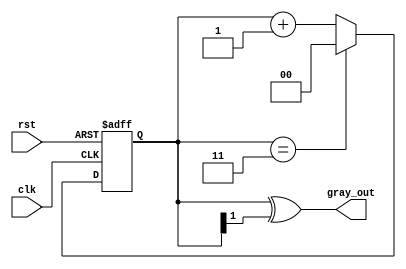
module gray_code_counter #(
    parameter N = 2  // Number of bits for the counter
)(
    input wire clk,         // Clock input
    input wire rst,         // Asynchronous reset input
    output reg [N-1:0] gray_out // Gray code output
);

    reg [N-1:0] binary_count; // Internal binary counter

    // Function to convert binary value to Gray code
    function [N-1:0] binary_to_gray;
        input [N-1:0] binary;
        begin
            binary_to_gray = binary ^ (binary >> 1); // Gray code conversion
        end
    endfunction

    // Always block for the counter operation
    always @(posedge clk or posedge rst) begin
        if (rst) begin
            binary_count <= {N{1'b0}}; // Reset binary counter to 0
        end else begin
            if (binary_count == (1 << N) - 1) begin
                binary_count <= {N{1'b0}}; // Wrap around to 0 when max reached
            end else begin
                binary_count <= binary_count + 1; // Increment binary count
            end
        end
    end

    // Always block to update gray_out based on the binary_count
    always @(*) begin
        gray_out = binary_to_gray(binary_count); // Convert binary to Gray code
    end

endmodule